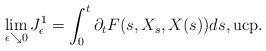
LaTeX: \begin{align*}\lim_{\epsilon \searrow 0} J^1_\epsilon = \int_0^t \partial_t F(s,X_s,X(s)) ds, \mbox{ucp}.\end{align*}